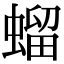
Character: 䗜